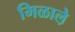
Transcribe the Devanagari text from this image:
मिळाले़